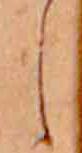
し